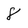
Character: 8